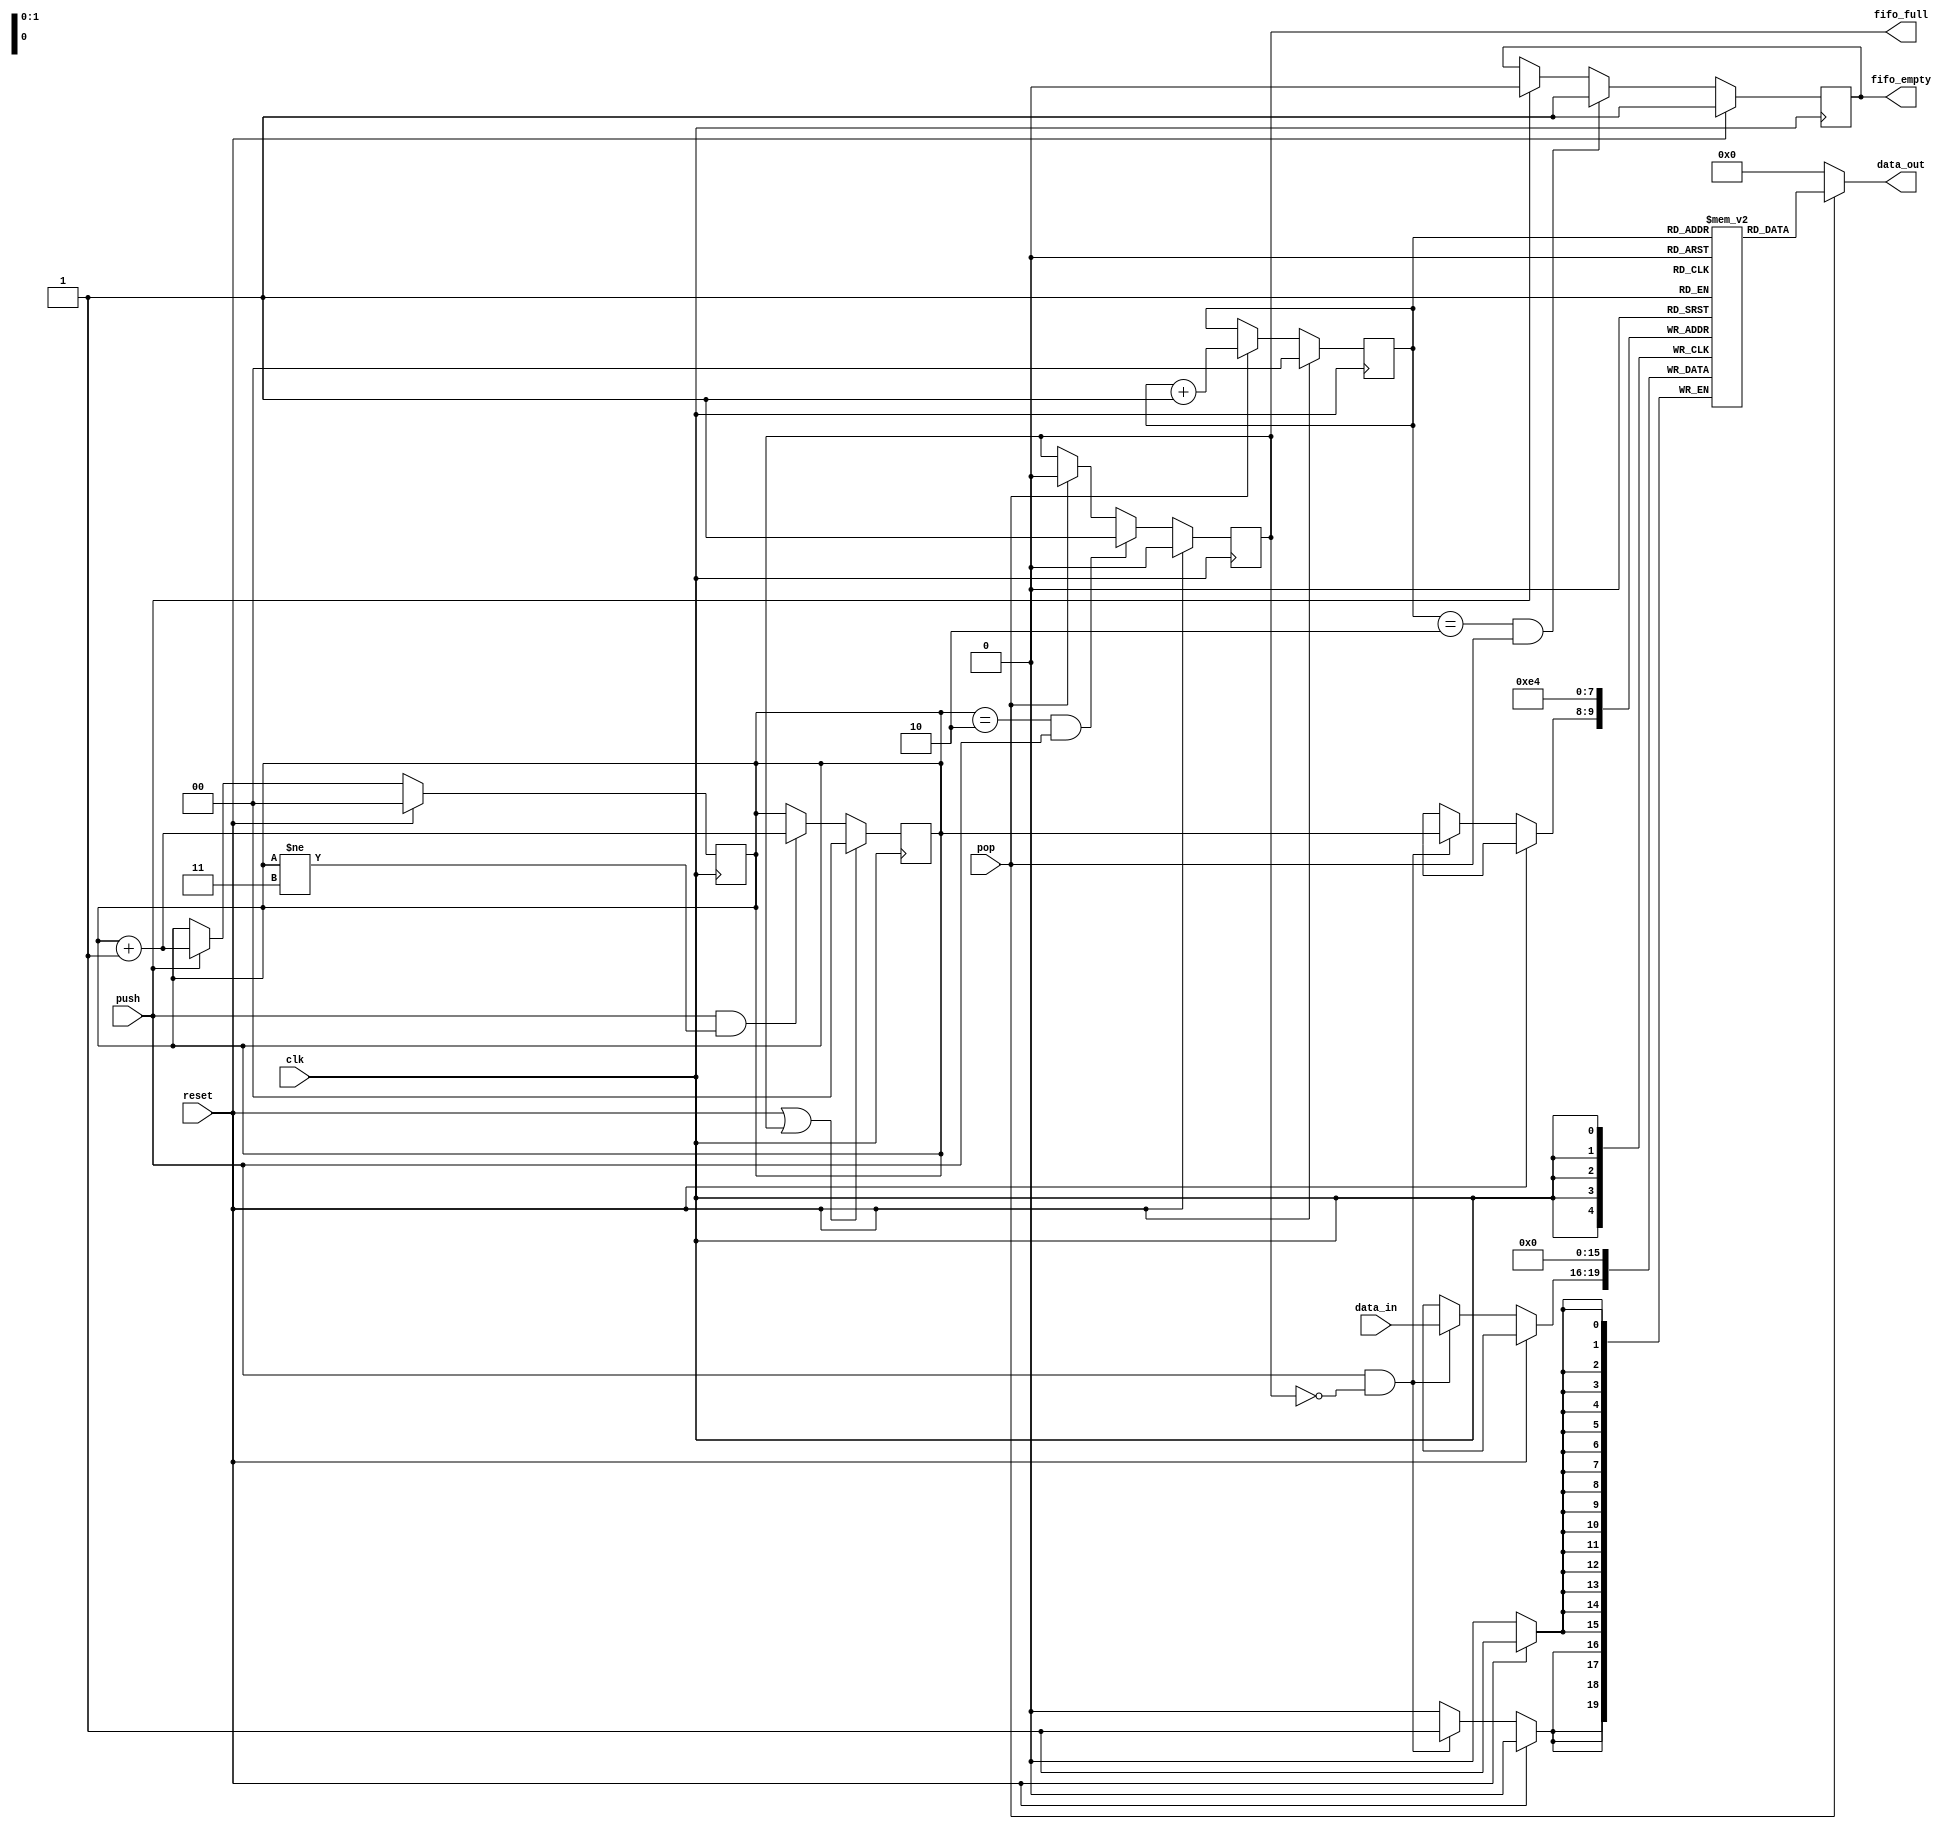
`timescale 1ns / 1ps
//////////////////////////////////////////////////////////////////////////////////
// Company: 
// Engineer: 
// 
// Design Name: 
// Module Name:    fifo 
// Project Name:   circular fifo
// Target Devices: 
// Tool versions: 
// Description:   This is a circular fifo buffer of depth 3 and width 4 where the   
//                values in the fifo buffer move in a circular manner among the 
//                first three memory elements.This is created to test basic fifo 
//                implementation in a fifo.The constraints arising are the 
//                both the input and output work at the same clock signal unlike
//                practical fifo buffers where the clocks may vary.
// Dependencies: 
//
// Revision: 
// Revision 0.01 - File Created
// Additional Comments: 
//
//////////////////////////////////////////////////////////////////////////////////
module fifo(
       input clk,
		 input reset,
		 input[3:0] data_in,
		 input push,
		 input pop,
		 output [3:0] data_out,
       output reg fifo_empty,
       output reg fifo_full
       	 
    );
	 
reg[1:0] write_ptr;            //pointer pointing to write address of fifo
reg[1:0] read_ptr;             //pointer pointing to read address of fifo
reg [3:0] data_arr[3:0];       //memory array 


//reset block
always @(posedge clk)
begin
    if(reset)                  
    begin
         write_ptr<=2'b00;
    end
    else if(push)
    begin
        write_ptr<=write_ptr+2'b1;        
    end
end

//fifo_full block :to check if fifo is full or not
always @(posedge clk)
begin
    if(reset)fifo_full<=0;
    else if(write_ptr==2'b10 && push)fifo_full<=1;
    else if(pop) fifo_full<=0;
end

//fifo_empty block :to check if fifo is empty or not
always @(posedge clk)
begin
    if(reset)fifo_empty<=1;
    else if(read_ptr==2'b10 && pop)fifo_empty<=2'b1;
    else if(push)fifo_empty<=0;
end

//write pointer
always @(posedge clk)
begin
    if(reset || fifo_full)write_ptr<=0;
    else if(push & (write_ptr!=2'd3))write_ptr<=write_ptr+1;
end

//read pointer
always @(posedge clk)
begin
    if(reset)read_ptr<=0;
    else if(pop)read_ptr<=read_ptr+2'd1;
end

//output data
assign data_out=(pop)?data_arr[read_ptr]:0;

//memory array
always@(posedge clk)
begin
    if(reset)
    begin
        data_arr[0]=4'b0;
        data_arr[1]=4'b0;
        data_arr[2]=4'b0;
        data_arr[3]=4'b0;
    end
    else if(push && !(fifo_full))
    begin
        data_arr[write_ptr]<=data_in;
    end
end
endmodule